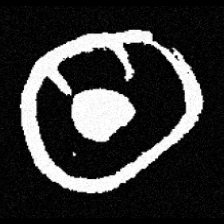
Pyu character \u2014 Myanmar letter: ထ (romanized: tha)